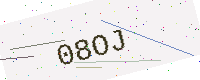
Text: 08OJ